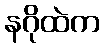
နဂိုထဲက